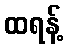
ထရန့်